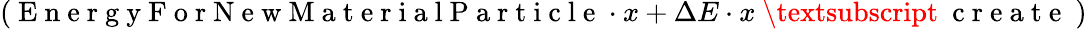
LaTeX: \left(\mathrm{~E~n~e~r~g~y~F~o~r~N~e~w~M~a~t~e~r~i~a~l~P~a~r~t~i~c~l~e~}\cdot x+\Delta E\cdot x\mathrm{~\textsubscript~{~c~r~e~a~t~e~}~}\right)